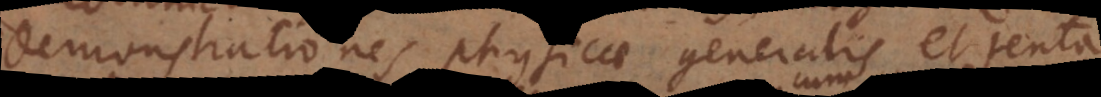
Demonstrationes physicae generalis, et tenta